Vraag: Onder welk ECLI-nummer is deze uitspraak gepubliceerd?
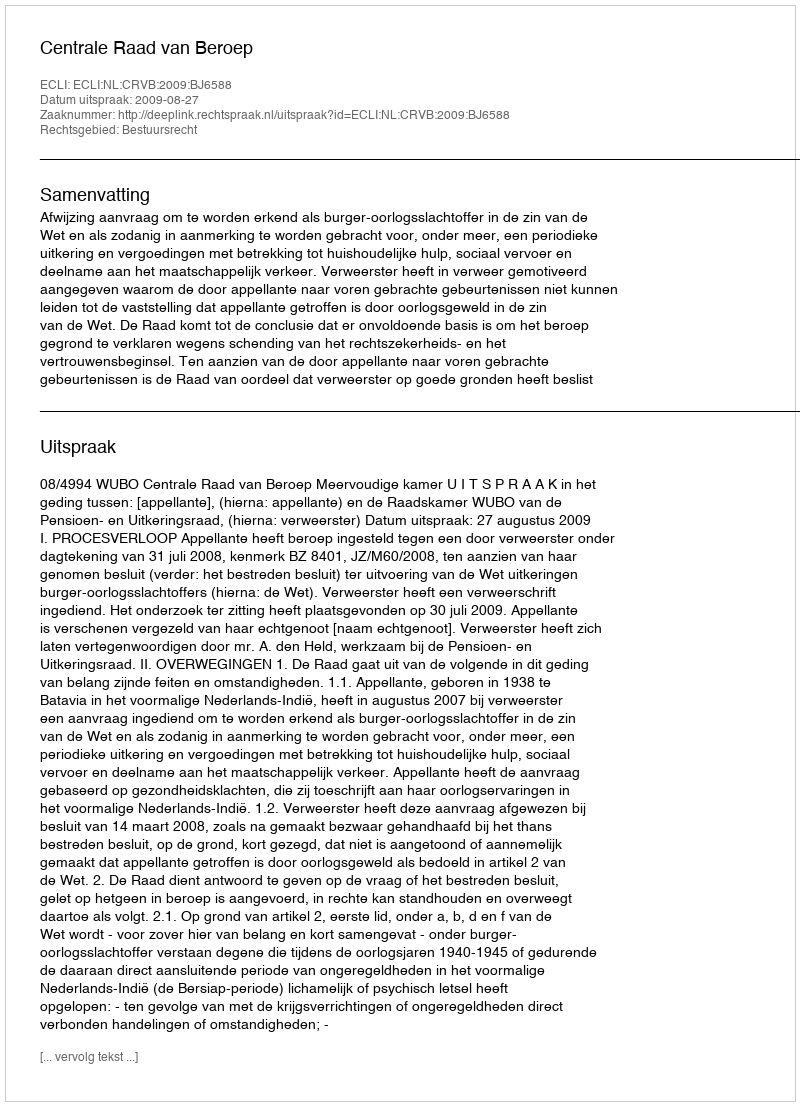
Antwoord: ECLI:NL:CRVB:2009:BJ6588